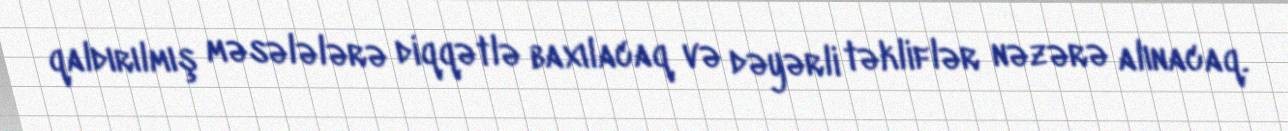
qaldırılmış məsələlərə diqqətlə baxılacaq və dəyərli təkliflər nəzərə alınacaq.